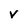
Character: v